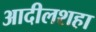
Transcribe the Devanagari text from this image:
आदीलशहा